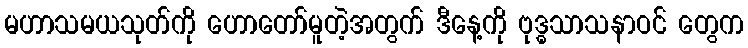
မဟာသမယသုတ်ကို ဟောတော်မူတဲ့အတွက် ဒီနေ့ကို ဗုဒ္ဓသာသနာဝင် တွေက